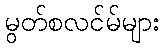
မွတ်စလင်မ်များ